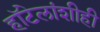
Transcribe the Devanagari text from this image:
हॉटेलांशीही